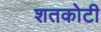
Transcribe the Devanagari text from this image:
शतकोटी